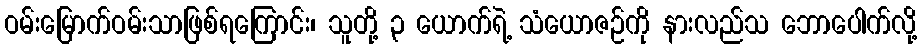
ဝမ်းမြောက်ဝမ်းသာဖြစ်ရကြောင်း၊ သူတို့ ၃ ယောက်ရဲ့ သံယောဇဉ်ကို နားလည်သ ဘောပေါက်လို့